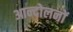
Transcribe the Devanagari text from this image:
आन्‍दोलनों